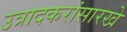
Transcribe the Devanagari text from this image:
उत्रादकरांसारखे